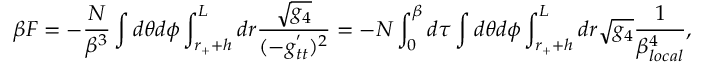
\beta F = - \frac { N } { \beta ^ { 3 } } \int d \theta d \phi \int _ { r _ { + } + h } ^ { L } d r \frac { \sqrt { g _ { 4 } } } { ( - g _ { t t } ^ { ' } ) ^ { 2 } } = - N \int _ { 0 } ^ { \beta } d \tau \int d \theta d \phi \int _ { r _ { + } + h } ^ { L } d r \sqrt { g _ { 4 } } \frac { 1 } { \beta _ { l o c a l } ^ { 4 } } ,